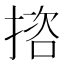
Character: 𢱆